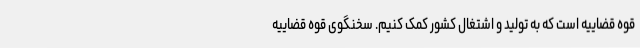
قوه قضاییه است که به تولید و اشتغال کشور کمک کنیم. سخنگوی قوه قضاییه